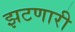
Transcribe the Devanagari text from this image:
झटणारी